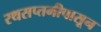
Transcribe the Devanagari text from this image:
रथसप्तमीपासून